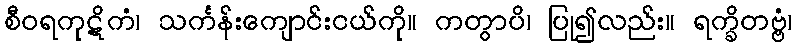
စီဝရကုဋိကံ၊ သင်္ကန်းကျောင်းငယ်ကို။ ကတွာပိ၊ ပြု၍လည်း။ ရက္ခိတဗ္ဗံ၊